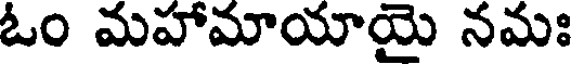
ఓం మహామాయాయై నమః